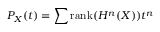
P _ { X } ( t ) = \sum { \mathrm { r a n k } } ( H ^ { n } ( X ) ) t ^ { n }